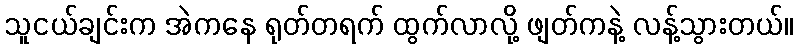
သူငယ်ချင်းက အဲကနေ ရုတ်တရက် ထွက်လာလို့ ဖျတ်ကနဲ့ လန့်သွားတယ်။